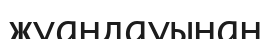
жуандауынан